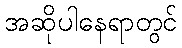
အဆိုပါနေရာတွင်